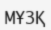
МҰЗҚ